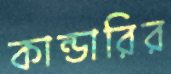
কান্ডারির